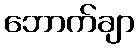
ဘောက်ချာ